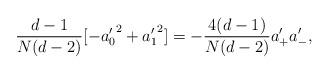
LaTeX: \begin{align*}{d-1\over N(d-2)}[-{a_0'}^2+ {a_1'}^2]=-\frac{4 (d-1)}{N(d-2)} {a}_+' {a}_-',\end{align*}